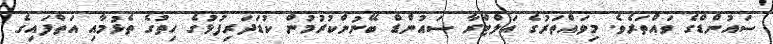
ސައުންޑްގެ ވައްތަރެވެ. މިވައްތަރުގެ އަލްޓްރާ ސައުންޑް ބޭނުންކުރުމުން ކުޑަދަރިފުޅުގެ ހިތުގެ ތެޅުމާއި އަތްފައިގެ